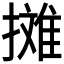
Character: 𱠷